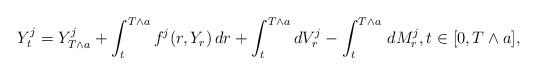
LaTeX: \begin{align*}Y_t^{j}=Y^{j}_{T\wedge a}+\int_t^{T\wedge a} f^j(r,Y_r)\,dr+\int_t^{T\wedge a} dV_r^j-\int_t^{T\wedge a}\, dM^{j}_r,t\in [0,T\wedge a],\end{align*}